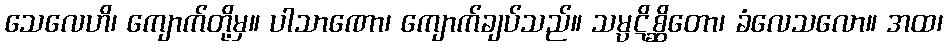
သေလေဟိ၊ ကျောက်တို့မှ။ ပါသာဏော၊ ကျောက်ချပ်သည်။ သမ္ပဋိစ္ဆိတော၊ ခံလေသလော။ အထ၊